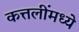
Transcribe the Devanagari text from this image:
कत्तलींमध्ये